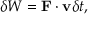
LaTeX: \delta W = \mathbf { F } \cdot \mathbf { v } \delta t ,